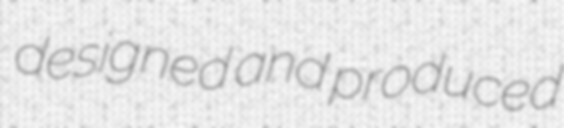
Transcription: designed and produced